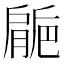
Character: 𱼘